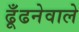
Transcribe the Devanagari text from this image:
ढूँढनेवाले